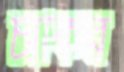
চাকির